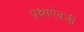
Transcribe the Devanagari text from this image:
प्रश्नाऐवजी